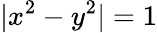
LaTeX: |x^{2}-y^{2}|=1